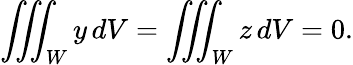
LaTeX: \iiint_{W}y\, dV=\iiint_{W}z\, dV=0.